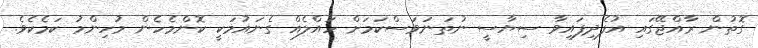
ގޮތުން ރާއްޖޭގައި އުފެދިފައިވާ ސިޔާސީ ނުތަނަވަސްކަމަށް ހައްލެއް ގެނައުމަކީ ކޮންމެހެން މުހިންމު ކަމެކެވެ.